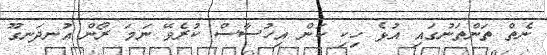
ނެތް ތަންތަނުގައި އުޅެ ހިކި ކަން އިހުސާސް ކުރެވޭ ނަމަ ރޯން އުނދަނގޫ